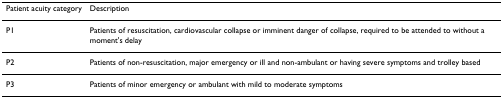
<table><thead><tr><td><b>Patient acuity category</b></td><td><b>Description</b></td></tr></thead><tbody><tr><td>P1</td><td>Patients of resuscitation, cardiovascular collapse or imminent danger of collapse, required to be attended to without a moment&#x27;s delay</td></tr><tr><td>P2</td><td>Patients of non-resuscitation, major emergency or ill and non-ambulant or having severe symptoms and trolley based</td></tr><tr><td>P3</td><td>Patients of minor emergency or ambulant with mild to moderate symptoms</td></tr></tbody></table>